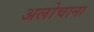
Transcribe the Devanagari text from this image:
अलोचाना